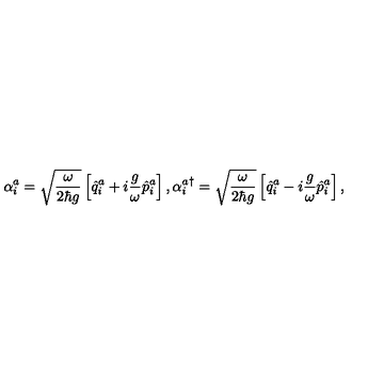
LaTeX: \alpha _ { i } ^ { a } = \sqrt { \frac { \omega } { 2 \hbar g } } \left[ \hat { q } _ { i } ^ { a } + i \frac { g } { \omega } \hat { p } _ { i } ^ { a } \right] , { \alpha _ { i } ^ { a } } ^ { \dagger } = \sqrt { \frac { \omega } { 2 \hbar g } } \left[ \hat { q } _ { i } ^ { a } - i \frac { g } { \omega } \hat { p } _ { i } ^ { a } \right] ,